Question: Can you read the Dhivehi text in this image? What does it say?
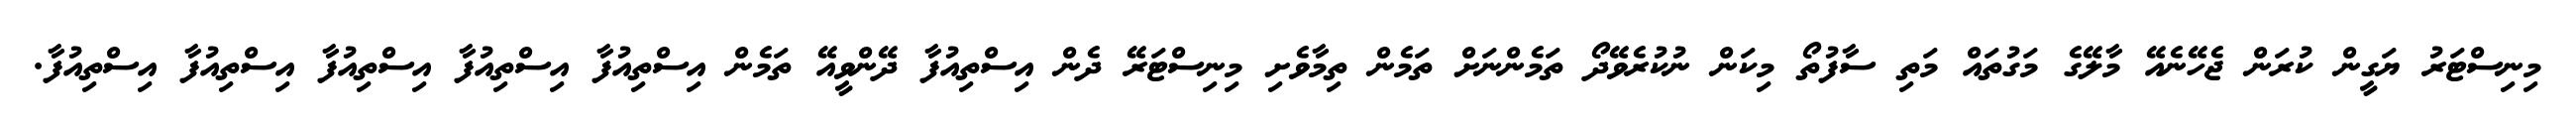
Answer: މިނިސްޓަރު ޔަގީން ކުރަން ޖެހޭނެއޭ މާލޭގެ މަގުތައް މަތި ސާފުތޯ މިކަން ނުކުރެވޭދޯ ތަމެންނަށް ތަމެން ތިމާވެށި މިނިސްޓަރޭ ދެން އިސްތިއުފާ ދޭންވީއޭ ތަމެން އިސްތިއުފާ އިސްތިއުފާ އިސްތިއުފާ އިސްތިއުފާ އިސްތިއުފާ.